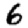
Digit: 6